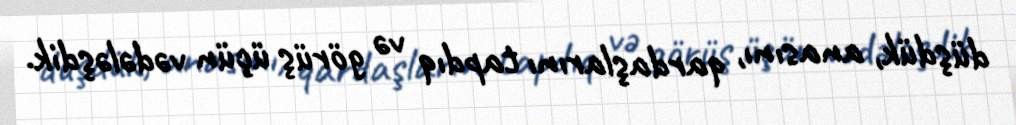
düşdük, anasını, qardaşlarını tapdıq və görüş üçün vədələşdik.